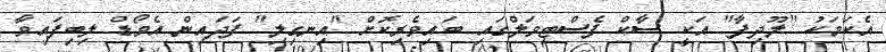
އެކަމަކު "ލޫދިފާ" އަކީ ސާކް ފެސްޓިވަލްގައި ބައިވެރިކޮށް "އިނގިލި" ފަދައިން އެވޯޑް ލިބިފައިވާ